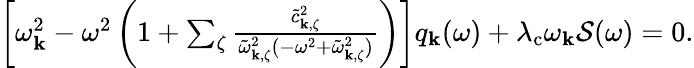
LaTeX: \begin{array}{r}{\left[\omega_{\mathbf{k}}^{2}-\omega^{2}\left(1+\sum_{\zeta}\frac{\tilde{c}_{\mathbf{k},\zeta}^{2}}{\tilde{\omega}_{\mathbf{k},\zeta}^{2}(-\omega^{2}+\tilde{\omega}_{\mathbf{k},\zeta}^{2})}\right)\right]q_{\mathrm{\mathbf{k}}}(\omega)+\lambda_{\mathrm{c}}\omega_{\mathbf{k}}\mathcal{S}(\omega)=0.}\end{array}